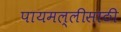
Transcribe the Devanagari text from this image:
पायमल्लीसाठी